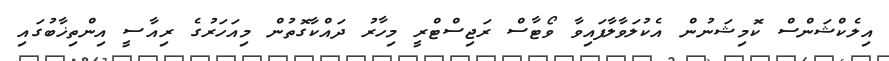
އިލެކްޝަންސް ކޮމިޝަނުން އެކުލަވާލާފައިވާ ވޯޓާސް ރަޖިސްޓްރީ މިހާރު ދައްކާގޮތުން މިއަހަރުގެ ރިއާސީ އިންތިޚާބުގައި